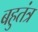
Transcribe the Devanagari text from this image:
बहुतंत्र